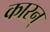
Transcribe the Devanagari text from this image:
कारन्